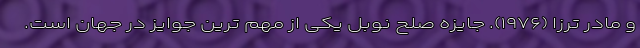
و مادر ترزا (۱۹۷۶). جایزه صلح نوبل یکی از مهم ترین جوایز در جهان است.